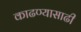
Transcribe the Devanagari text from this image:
काढण्यासाढी